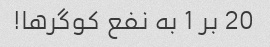
20 بر 1 به نفع کوگرها!